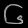
Digit: ၆